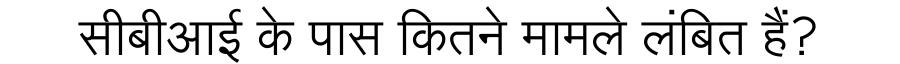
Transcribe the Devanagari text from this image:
सीबीआई के पास कितने मामले लंबित हैं?